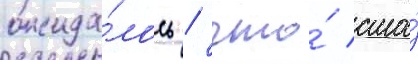
ожида́лось / что́ сша́